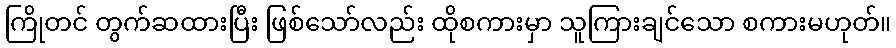
ကြိုတင် တွက်ဆထားပြီး ဖြစ်သော်လည်း ထိုစကားမှာ သူကြားချင်သော စကားမဟုတ်။